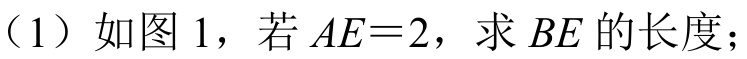
（1）如图 1，若 \(AE = 2\)，求 \(BE\) 的长度；